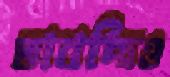
ভাবছিও